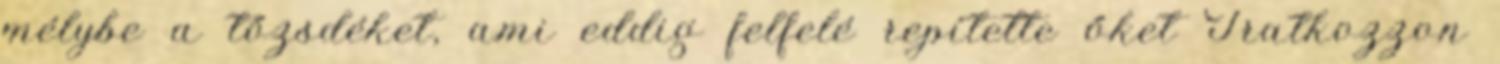
mélybe a tőzsdéket, ami eddig felfelé repítette őket Iratkozzon